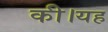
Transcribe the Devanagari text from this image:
की।यह